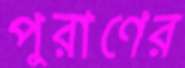
পুরাণের